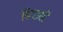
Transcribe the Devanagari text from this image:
बिदासी